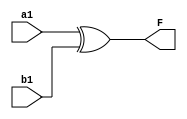
module s1f0(a1, b1, F);
	input a1, b1;
	output F;
	
	assign F = a1^b1;
endmodule